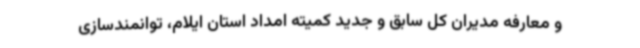
و معارفه مدیران کل سابق و جدید کمیته امداد استان ایلام، توانمندسازی